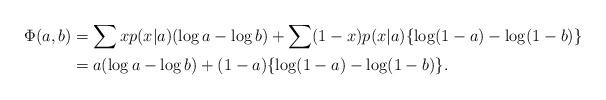
LaTeX: \begin{align*} \Phi(a,b) &= \sum x p(x|a) (\log a-\log b) +\sum (1-x)p(x|a) \{ \log (1-a) -\log (1-b) \} \\ &= a(\log a- \log b) + (1-a)\{ \log (1-a) - \log (1-b) \}.\end{align*}